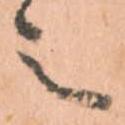
之